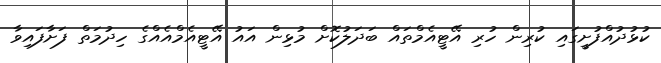
ކުޅުދުއްފުށީގައި ކުރިން ހުރި އޭޓީއެމްތައް ބަދަލުކޮށް މުޅިން އައު އޭޓީއެމްއެއްގެ ހިދުމަތް ފަށާފައިވާ